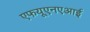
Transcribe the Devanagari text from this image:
एफयूएनएआई